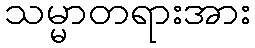
သမ္မာတရားအား